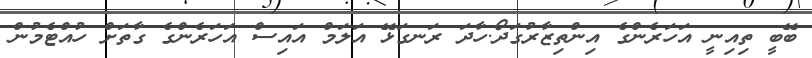
ބޭބީ ތިއިނީ އަހަރެންގެ އިންތިޒާރުގަދޯ.ހާދަ ރަނގަޅޭ އަލަމް އައިސް އަހަރެންގެ ގާތަށް ހުއްޓެމުން